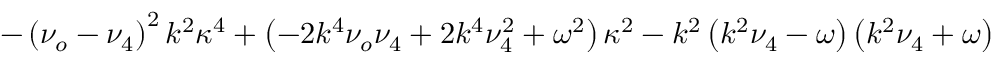
- \left( \nu _ { o } - \nu _ { 4 } \right) ^ { 2 } k ^ { 2 } \kappa ^ { 4 } + \left( - 2 k ^ { 4 } \nu _ { o } \nu _ { 4 } + 2 k ^ { 4 } \nu _ { 4 } ^ { 2 } + \omega ^ { 2 } \right) \kappa ^ { 2 } - k ^ { 2 } \left( k ^ { 2 } \nu _ { 4 } - \omega \right) \left( k ^ { 2 } \nu _ { 4 } + \omega \right)